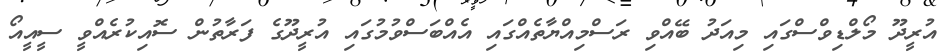
އުރީދޫ މޯލްޑިވްސްގައި މިއަދު ބޭއްވި ރަސްމިއްޔާތެއްގައި އެއްބަސްވުމުގައި އުރީދޫގެ ފަރާތުން ސޮއިކުރެއްވީ ސީއީއޯ